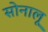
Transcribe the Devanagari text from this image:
सोनालू